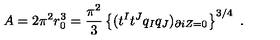
A = 2 \pi ^ { 2 } r _ { 0 } ^ { 3 } = { \frac { \pi ^ { 2 } } { 3 } } \left\{ ( t ^ { I } t ^ { J } q _ { I } q _ { J } ) _ { \partial i Z = 0 } \right\} ^ { 3 / 4 } \ .